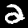
Label: 2